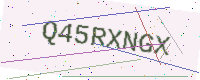
Text: Q45RXNGX